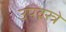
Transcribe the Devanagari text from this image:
उपवस्त्रे